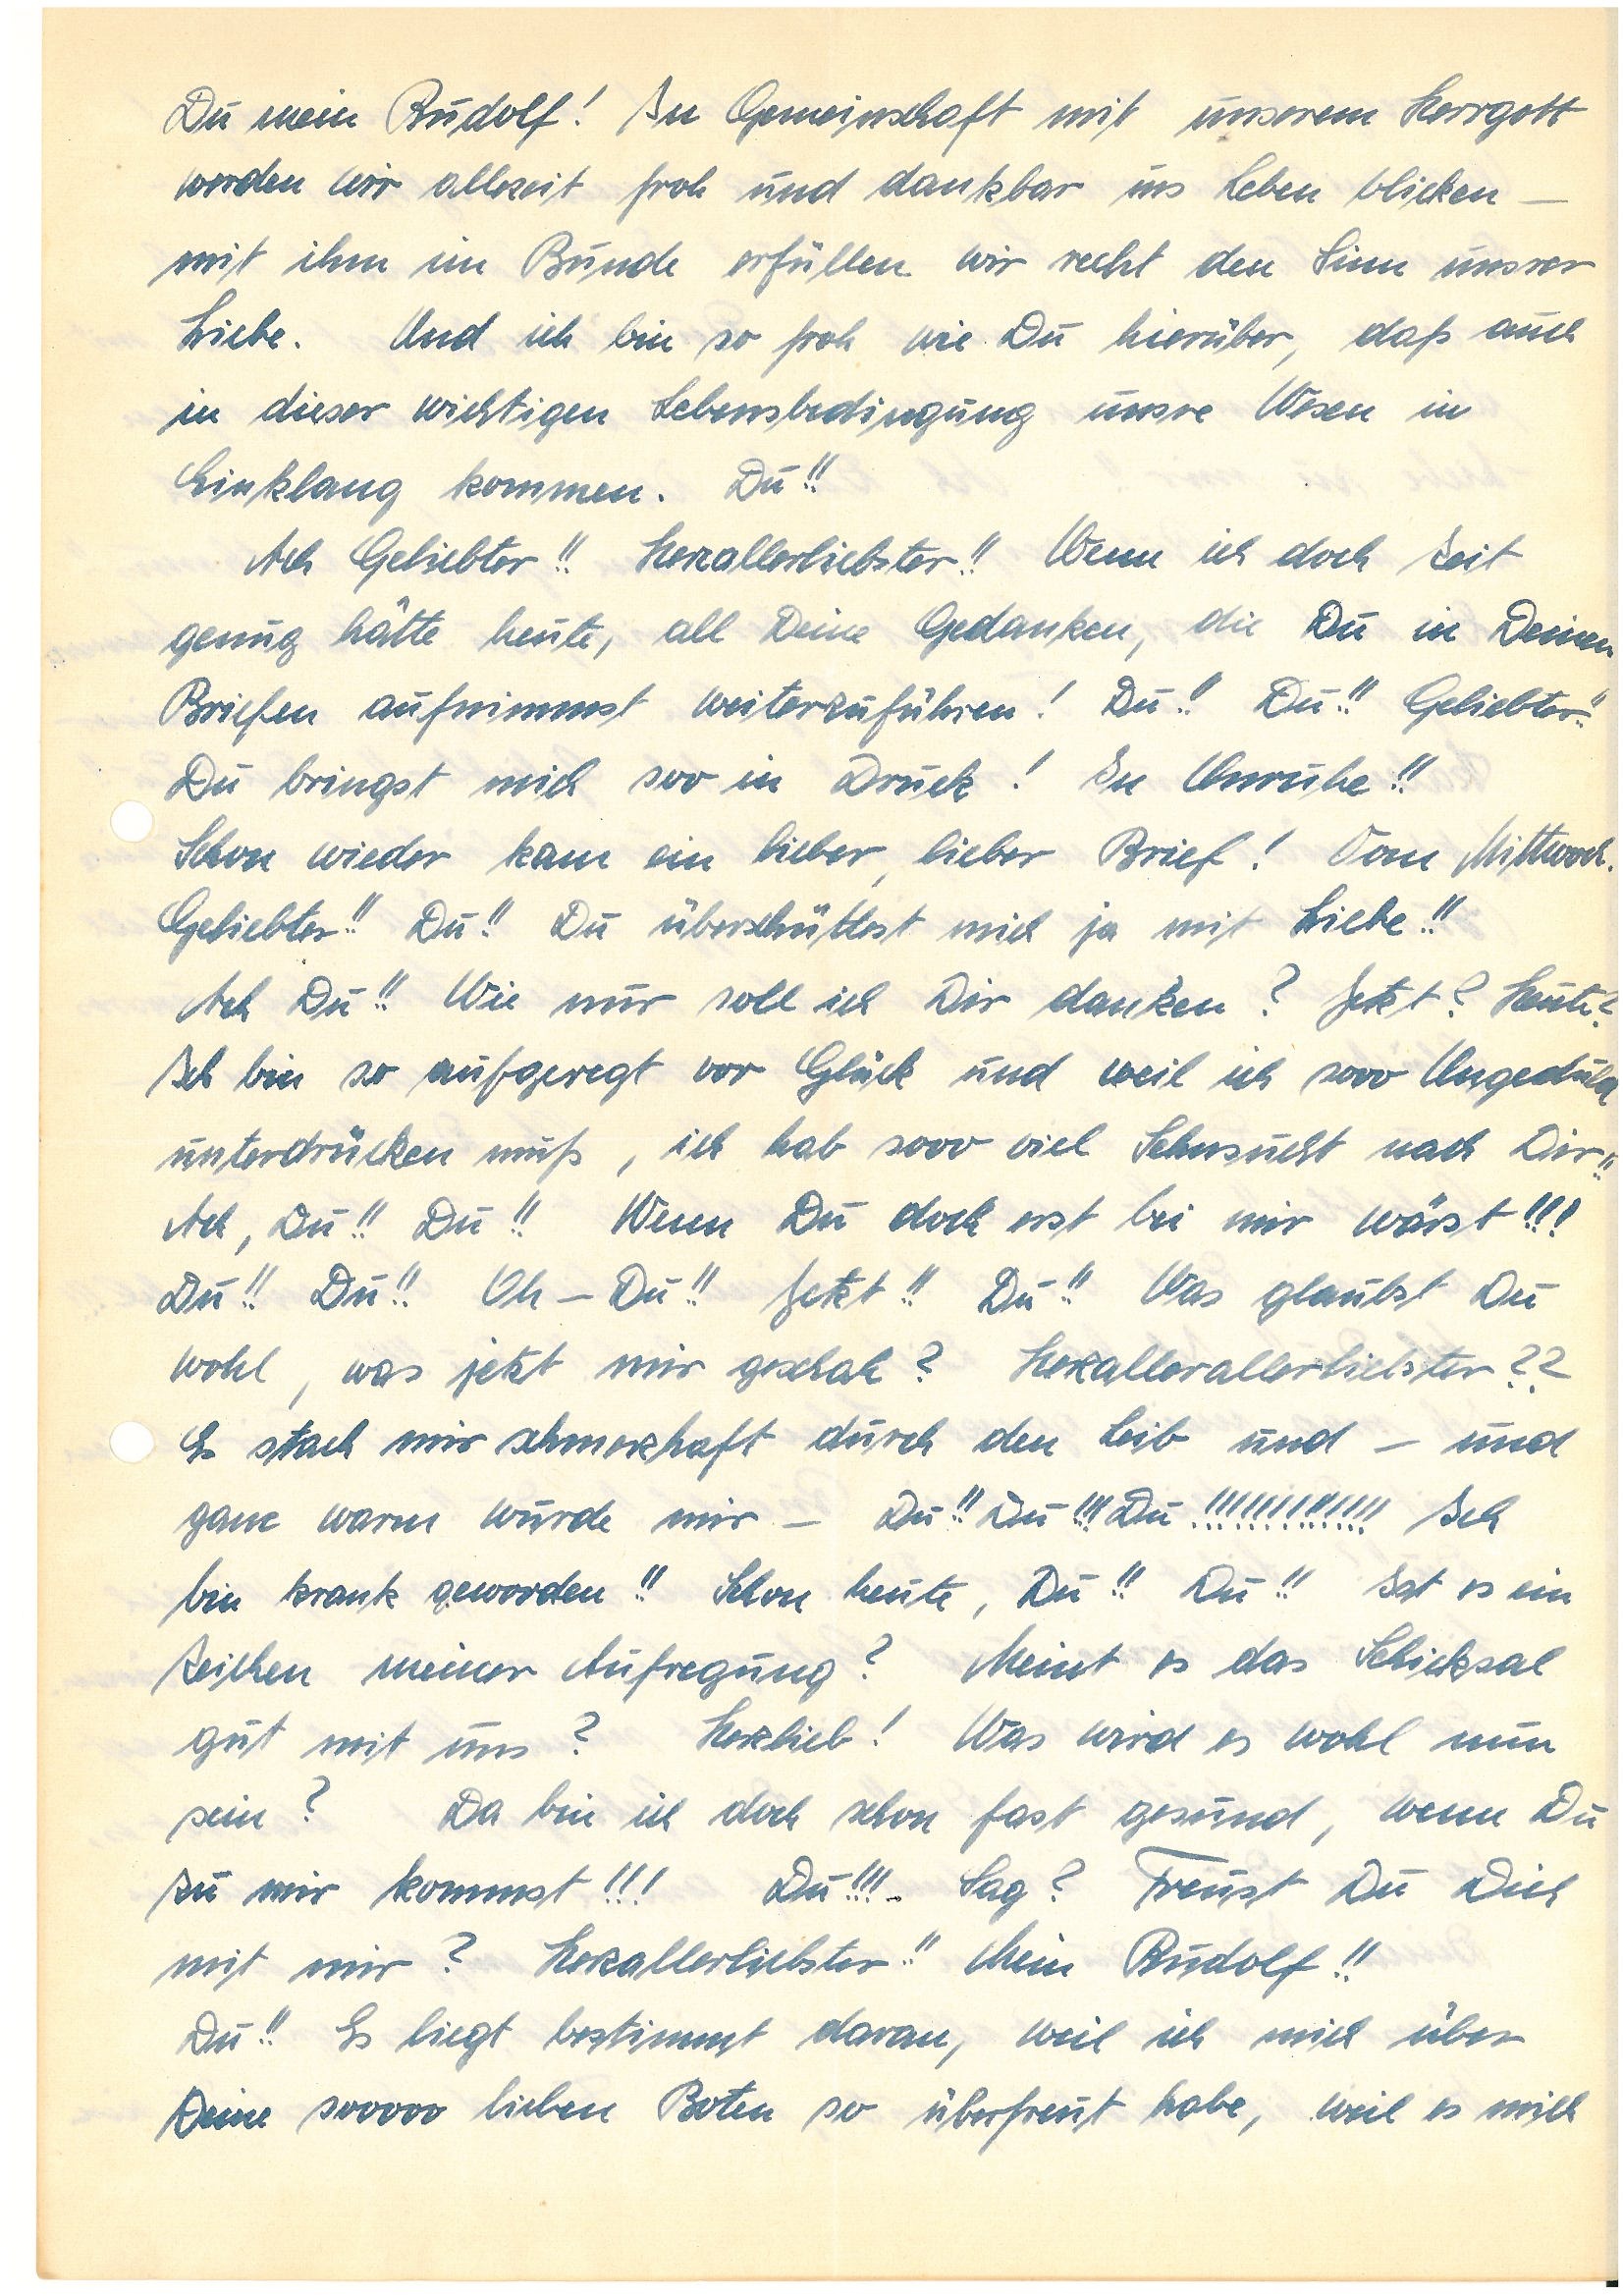
Du mein ! In Gemeinschaft mit unserem Herrgott
werden wir allzeit froh und dankbar ins Leben blicken –
mit ihm im Bunde erfüllen wir recht den Sinn unsrer
Liebe. Und ich bin so froh wie Du hierüber, daß auch
in dieser wichtigen Lebensbedingung unsre Wesen in
Einklang kommen. Du!!
Ach Geliebter!! Herzallerliebster!! Wenn ich doch Zeit
genug hätte heute, all Deine Gedanken, die Du in Deinen
Briefen aufnimmst weiterzuführen! Du!! Du!! Geliebter!!
Du bringst mich soo in Druck! In Unruhe!!
Schon wieder kam ein lieber, lieber Brief! Vom Mittwoch,
Geliebter!! Du!! Du überschüttest mich ja mit Liebe!!
Ach Du!! Wie nur soll ich Dir danken? Jetzt? Heute?
Ich bin so aufgeregt vor Glück und weil ich sooo Ungeduld
unterdrücken muß, ich hab sooo viel Sehnsucht nach Dir!!
Ach, Du!! Du!! Wenn Du doch erst bei mir wärst!!!
Du!! Du!! Oh – Du!! Jetzt!! Du!! Was glaubst Du
wohl, was jetzt mit mir geschah? Herzallerliebster??
Es stach mir schmerzhaft durch den Leib und – und
ganz warm wurde mir – Du!! Du!!! Du!!!!!!!!!!!!! Ich
bin krank geworden!! Schon heute, Du!! Du!! Ist es ein
Zeichen meiner Aufregung? Meint es das Schicksal
gut mit uns? Herzlieb! Was wird es wohl nun
sein? Da bin ich doch schon fast gesund, wenn Du
zu mir kommst!!! Du!!! Sag? Freust Du Dich
mit mir? Herzallerliebster!! Mein!!
Du!! Es liegt bestimmt daran, weil ich mich über
Deine sooooo lieben Boten so überfreut habe, weil es mich